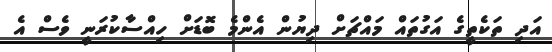
އަދި ތަކެތީގެ އަގުތައް މައްޗަށް ދިޔުން އެންމެ ބޮޑަށް ހިއްސާކުރަނީ ވެސް އެ